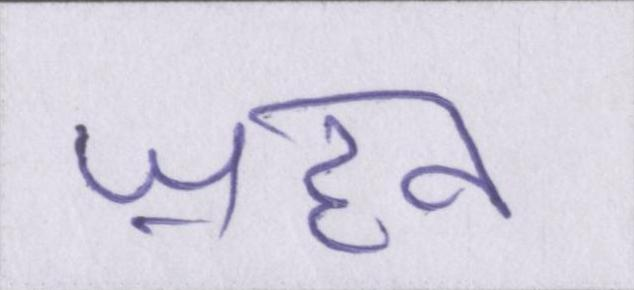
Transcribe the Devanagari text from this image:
ज़हन